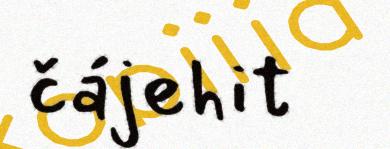
čájehit